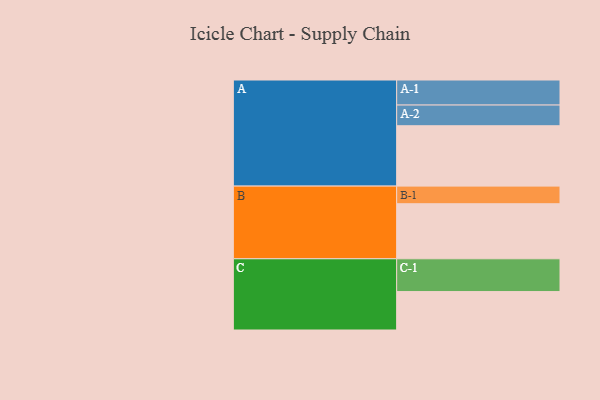
{"axis": {"x": "Segment", "y": "Value"}, "legend": ["", "A", "B", "C"], "data": [{"x": "A", "y": 545, "type": ""}, {"x": "B", "y": 497, "type": ""}, {"x": "C", "y": 347, "type": ""}, {"x": "A-1", "y": 226, "type": "A"}, {"x": "A-2", "y": 187, "type": "A"}, {"x": "B-1", "y": 159, "type": "B"}, {"x": "C-1", "y": 296, "type": "C"}]}